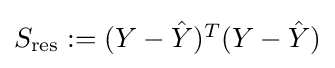
{\textstyle S_{\text{res}}:=(Y-{\hat {Y}})^{T}(Y-{\hat {Y}})}